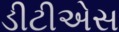
ડીટીએસ